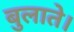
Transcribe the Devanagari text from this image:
बुलाते।